Vaccination report Assam 1896-1927 - 1896-1927
Year: 1896
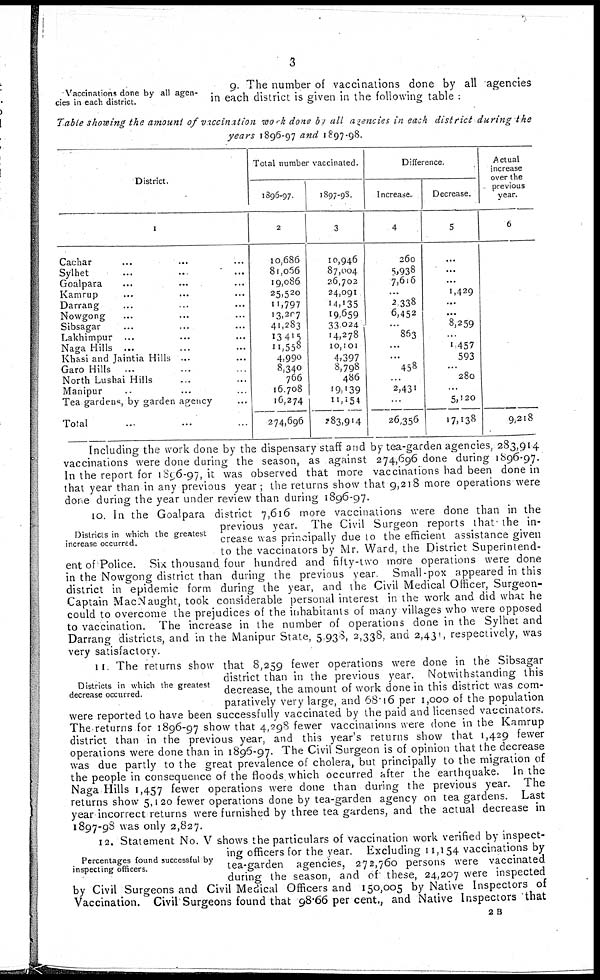
3
Vaccinations done by all agen-
cies in each district.
9. The number of vaccinations done by all agencies
in each district is given in the following table :
Table showing the amount of vaccination
work done by all agencies in each district
during
the
years 1896-97 and 1897-98.
District.
1
Cachar ... ... ...
Sylhet
...
..
...
Goalpara ... ... ...
Kamrup ... ... ...
Darrang ... ... ...
Nowgong ... ... ...
Sibsagar ... ... ...
Lakhimpur ... ... ...
Naga Hills ... ... ...
Khasi and Jaintia Hills ... ...
Garo Hills ... ... ...
North Lushai Hills ... ...
Manipur ... ... ...
Tea gardens, by garden agency ...
Total ... ...
Total number vaccinated.
1896-97.
2
10,686
81,066
19,086
25,520
11,797
13,207
41,283
13,415
11,558
4,990
8,340
766
16,708
16,274
274,696
1897-98.
3
10,946
87,004
26,702
24,091
14,135
19,659
33,024
14,278
10,101
4,397
8,798
486
19,139
11,154
2 83,914
Difference.
Increase.
4
260
5,938
7,616
...
2,338
6,452
...
863
...
...
458
...
2,431
...
26,356
Decrease.
5
...
...
...
1,429
...
...
8,259
...
1,457
593
...
280
...
5,120
17,138
Actual
increase
over the
previous
year.
6
9,218
Including the work done by the dispensary staff and by tea-garden agencies, 283,914
vaccinations were done during the season, as against 274,696 done during 1896-97.
In the report for 1896-97, it was observed that more vaccinations had been done in
that year than in any previous year ; the returns show that 9,218 more operations were
done during the year under review than during 1896-97.
Districts in which the greatest
increase occurred.
10. In the Goalpara district 7,616 more vaccinations were done than in the
previous year. The Civil Surgeon reports that the in-
crease was principally due to the efficient assistance given
to the vaccinators by Mr. Ward, the District Superintend-
ent of Police. Six thousand four hundred and fifty-two more operations were done
in the Nowgong district than during the previous year Small-pox appeared in this
district in epidemic form during the year, and the Civil Medical Officer, Surgeon-
Captain Mac Naught, took considerable personal interest in the work and did what he
could to overcome the prejudices of the inhabitants of many villages who were opposed
to vaccination. The increase in the number of operations done in the Sylhet and
Darrang districts, and in the Manipur State, 5,938, 2,338, and 2,431, respectively, was
very satisfactory.
Districts in which the greatest
decrease occurred.
11. The returns show that 8,259 fewer operations were done in the Sibsagar
district than in the previous year. Notwithstanding this
decrease, the amount of work done in this district was com-
paratively very large, and 68.16 per 1,000 of the population
were reported to have been successfully vaccinated by the paid and licensed vaccinators.
The returns for 1896-97 show that 4,298 fewer vaccinations were done in the Kamrup
district than in the previous year, and this year's returns show that 1,429 fewer
operations were done than in 1896-97. The Civil Surgeon is of opinion that the decrease
was due partly to the great prevalence of cholera, but principally to the migration of
the people in consequence of the floods which occurred after the earthquake. In the
Naga Hills 1,457 fewer operations were done than during the previous year. The
returns show 5,120 fewer operations done by tea-garden agency on tea gardens. Last
year incorrect returns were furnished by three tea gardens, and the actual decrease in
1897-98 was only 2,827.
Percentages found successful by
inspecting officers.
12. Statement No. V shows the particulars of vaccination work verified by inspect-
ing officers for the year. Excluding 11,154 vaccinations by
tea-garden agencies, 272,760 persons were vaccinated
during the season, and of these, 24,207 were inspected
by Civil Surgeons and Civil Medical Officers and 150,005 by Native Inspectors of
Vaccination. Civil Surgeons found that 98.66 per cent., and Native Inspectors that
2B